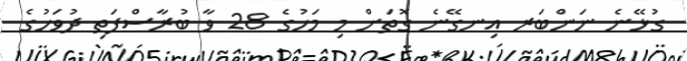
ގުޅޭނެ ނަންބަރ އިނގޭނެ ގޮތަށް މި މަހުގެ 28 ވާ ބުރާސްފަތި ދުވަހުގެ